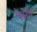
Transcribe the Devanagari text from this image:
चेंबरचे